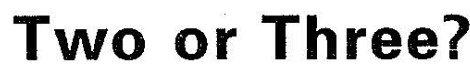
Two or Three?